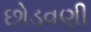
છોડવણી